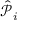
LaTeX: { \hat { \mathcal { P } } } _ { i }